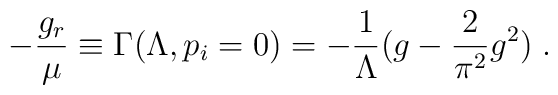
-\frac{g_r}{\mu} \equiv \Gamma(\Lambda, p_i=0)= -\frac{1}{\Lambda}(g - \frac{2}{\pi^2}g^2)\;.